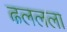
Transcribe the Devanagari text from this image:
ढललला